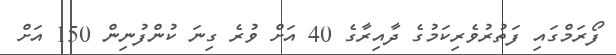
ފޯރަމްގައި ފަތުރުވެރިކަމުގެ ދާއިރާގެ 40 އަށް ވުރެ ގިނަ ކުންފުނިން 150 އަށް